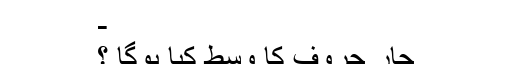
-
چار حروف کا وسط کیا ہوگا ؟